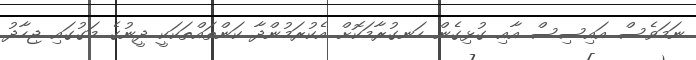
ނަމަވެސް އައިސިސް އާއި ގުޅިގެން ހަނގުރާމަކޮށް އެކުރަމުންދާ ކަންތައްތަކަކީ ދީނުގެ މަގުގައި ޖިހާދު